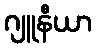
ဂျူနီယာ